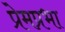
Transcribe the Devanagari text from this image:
प्रेमप्रभा